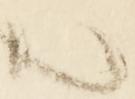
ハ